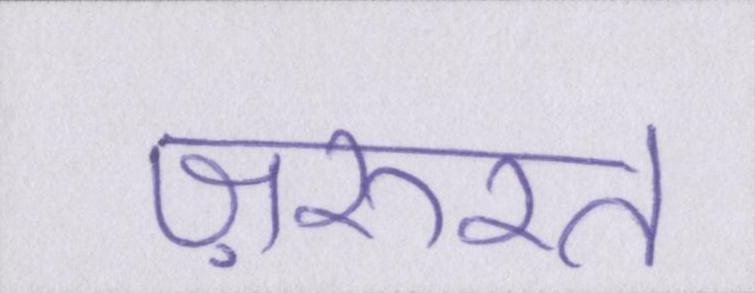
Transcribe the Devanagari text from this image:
ज़रुरत